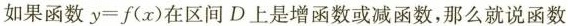
如果函数y=f(x)在区间D上是增函数或减函数，那么就说函数